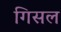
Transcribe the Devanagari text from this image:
गिसल